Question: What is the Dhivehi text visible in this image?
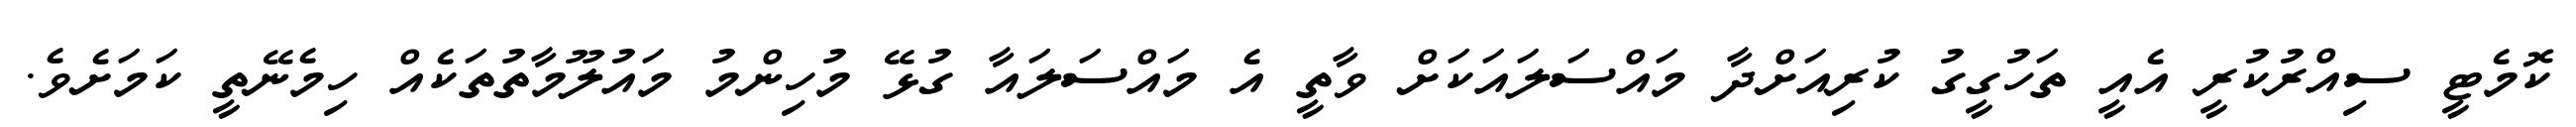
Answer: ކޮމެޓީ ސިއްރުކުރީ އެއީ ތަހުގީގު ކުރިއަށްދާ މައްސަލައަކަށް ވާތީ އެ މައްސަލައާ ގުޅޭ މުހިންމު މައުލޫމާތުތަކެއް ހިމެނޭތީ ކަމަށެވެ.